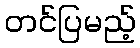
တင်ပြမည့်